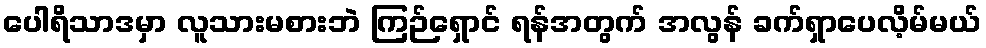
ပေါရိသာဒမှာ လူသားမစားဘဲ ကြဉ်ရှောင် ရန်အတွက် အလွန် ခက်ရှာပေလိ့မ်မယ်